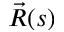
\Vec R ( s )